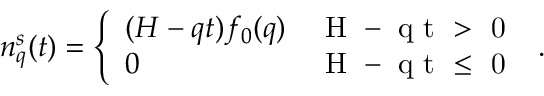
\begin{array} { r } { n _ { q } ^ { s } ( t ) = \left\{ \begin{array} { l l } { ( H - q t ) f _ { 0 } ( q ) } & { \mathrm { ~ H ~ - ~ q ~ t ~ > ~ 0 ~ } } \\ { 0 } & { \mathrm { ~ H ~ - ~ q ~ t ~ \leq ~ 0 ~ } } \end{array} \right. . } \end{array}